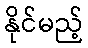
နိုင်မည့်